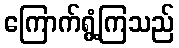
ကြောက်ရွံ့ကြသည်